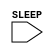
`timescale 1ns/1ps
`celldefine
module HEADX32 (SLEEP);
input SLEEP;



endmodule
`endcelldefine